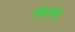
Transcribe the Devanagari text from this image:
समाजा